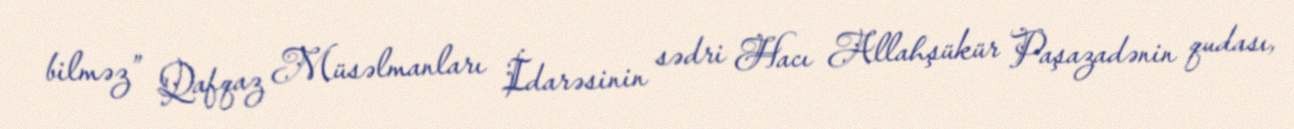
bilməz” Qafqaz Müsəlmanları İdarəsinin sədri Hacı Allahşükür Paşazadənin qudası,